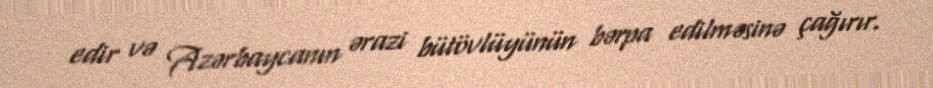
edir və Azərbaycanın ərazi bütövlüyünün bərpa edilməsinə çağırır.